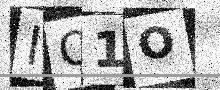
Text: IO1O